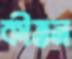
কীত্তন